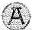
A